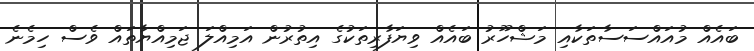
ބައެއް މުއައްސަސާތަކާއި މަޝްހޫރު ބައެއް ވިޔަފާރިތަކުގެ އިތުރުން އަމިއްލަ ޖަމިއްޔާތައް ވެސް ހިމެނެ